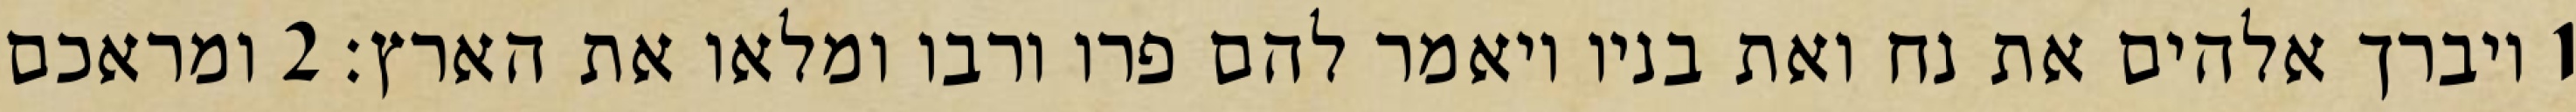
1 ויברך אלהים את נח ואת בניו ויאמר להם פרו ורבו ומלאו את הארץ׃ ‎2‏ ומראכם